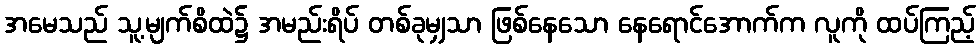
အမေသည် သူ့မျက်စိထဲ၌ အမည်းရိပ် တစ်ခုမျှသာ ဖြစ်နေသော နေရောင်အောက်က လူကို ထပ်ကြည့်